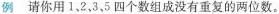
例请你用1、2、3、5四个数组成没有重复的两位数。